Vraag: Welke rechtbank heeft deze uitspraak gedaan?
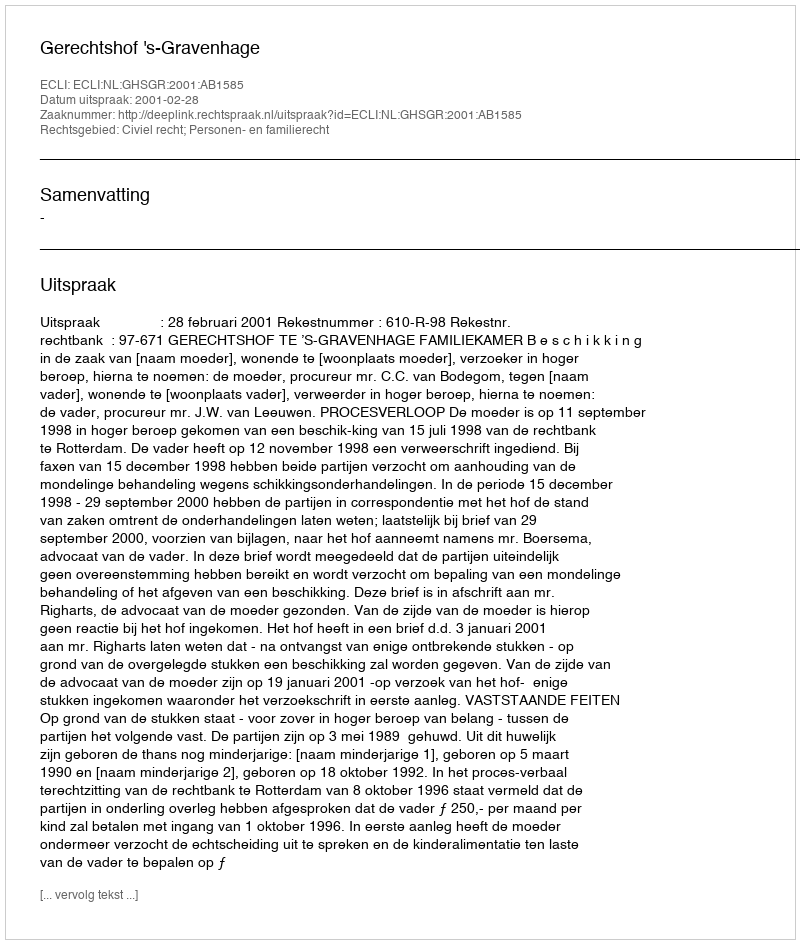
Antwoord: Gerechtshof 's-Gravenhage